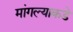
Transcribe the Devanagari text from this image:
मांगल्याकडे